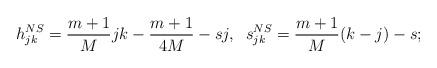
LaTeX: \begin{align*}h^{NS}_{jk} = \frac{m+1}{M} jk - \frac{m+1}{4M} -sj,\;\; s^{NS}_{jk} = \frac{m+1}{M} (k-j)-s;\end{align*}